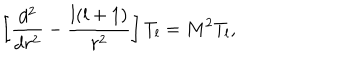
\left[ { \frac { d ^ { 2 } } { d r ^ { 2 } } } - { \frac { l ( l + 1 ) } { r ^ { 2 } } } \right] T _ { l } = M ^ { 2 } T _ { l } ,